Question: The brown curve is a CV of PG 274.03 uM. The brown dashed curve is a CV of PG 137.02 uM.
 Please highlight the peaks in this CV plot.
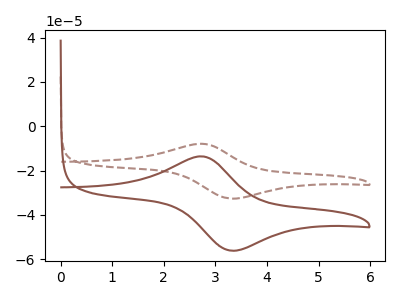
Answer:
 <answer>The brown curve "PG 274.03 uM" has an anodic peak at (2.70V, -13.60uA) and a cathodic peak at (3.30V, -56.15uA). The brown dashed curve "PG 137.02 uM" has an anodic peak at (2.70V, -7.90uA) and a cathodic peak at (3.30V, -32.65uA).</answer>
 <eval></eval>